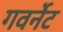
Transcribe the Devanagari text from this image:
गवर्नेट